Leaving Certificate Examination, 1915
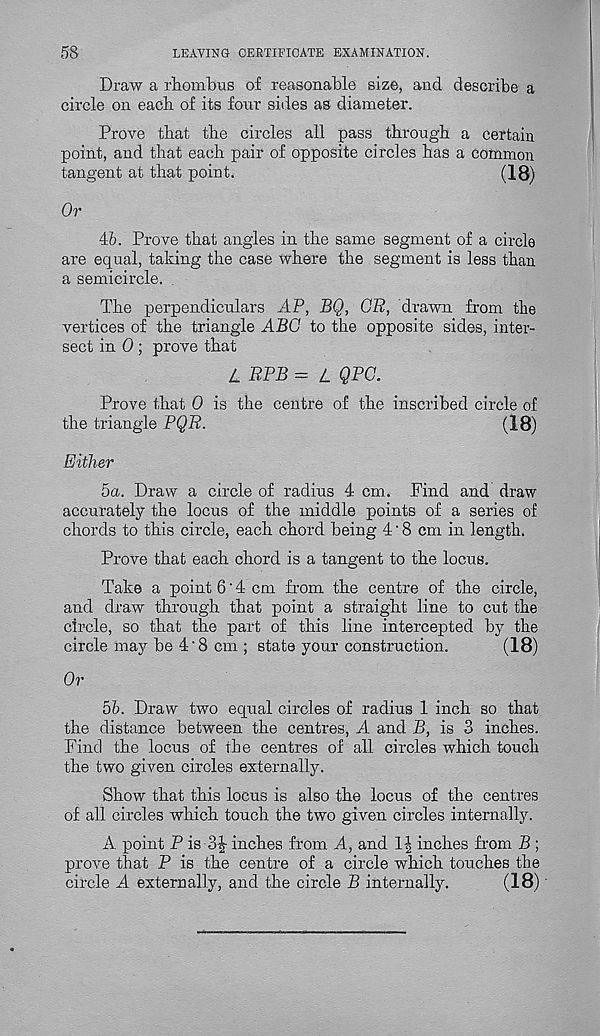
58
LEAVING CERTIFICATE EXAMINATION.
Draw a rhombus of reasonable size, and describe a
circle on each, of its four sides as diameter.
Prove that the circles all pass through a certain
point, and that each pair of opposite circles has a common
tangent at that point.
(18)
Or
46. Prove that angles in the same segment of a circle
are equal, taking the case where the segment is less than
a semicircle.
The perpendiculars AP, BQ, CE, drawn from the
vertices of the triangle ABO to the opposite sides, inter-
sect in 0 ; prove that
L EPB = L QPO.
Prove that 0 is the centre of the inscribed circle of
the triangle PQR.
(18)
Either
5a. Draw a circle of radius 4 cm. Find and draw
accurately the locus of the middle points of a series of
chords to this circle, each chord being 4'8 cm in length.
Prove that each chord is a tangent to the locus.
Take a point 6 ‘ 4 cm from the centre of the circle,
and draw through that point a straight line to cut the
circle, so that the part of this line intercepted by the
circle may be 4 ‘ 8 cm ; state your construction.
(18)
Or
56. Draw two equal circles of radius 1 inch so that
the distance between the centres, A and B, is 3 inches.
Find the locus of the centres of all circles which touch
the two given circles externally.
Show that this locus is also the locus of the centres
of all circles which touch the two given circles internally.
A point P is 3-|- inches from A, and 1| inches from B ;
prove that P is the centre of a circle which touches the
circle A externally, and the circle B internally.
(18)